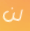
لن